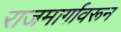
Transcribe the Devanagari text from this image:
राजमार्गावरून